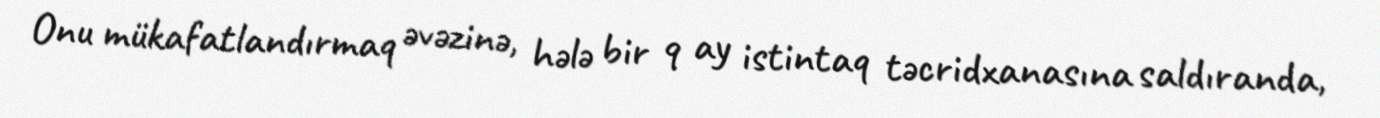
Onu mükafatlandırmaq əvəzinə, hələ bir 9 ay istintaq təcridxanasına saldıranda,